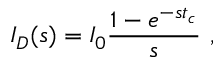
I _ { D } ( s ) = I _ { 0 } \frac { 1 - e ^ { - s t _ { c } } } { s } ~ ,